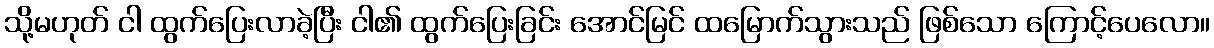
သို့မဟုတ် ငါ ထွက်ပြေးလာခဲ့ပြီး ငါ၏ ထွက်ပြေးခြင်း အောင်မြင် ထမြောက်သွားသည် ဖြစ်သော ကြောင့်ပေလော။